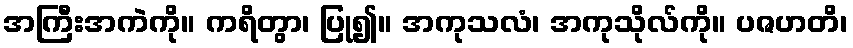
အကြီးအကဲကို။ ကရိတွာ၊ ပြု၍။ အကုသလံ၊ အကုသိုလ်ကို။ ပဇဟတိ၊